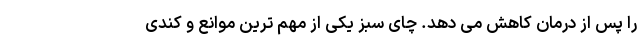
را پس از درمان کاهش می دهد. چای سبز یکی از مهم ترین موانع و کندی